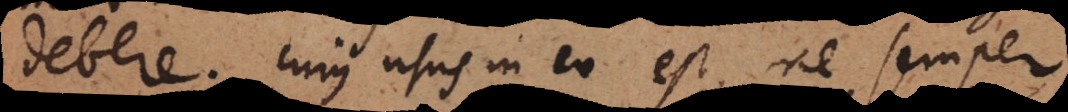
debere. Cujus usus in eo est, ne semper